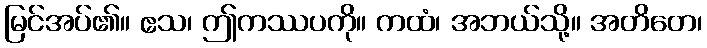
မြင်အပ်၏။ ဧသ၊ ဤကဿပကို။ ကထံ၊ အဘယ်သို့။ အတိတေ၊